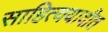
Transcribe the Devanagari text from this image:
साहित्ययादीत